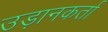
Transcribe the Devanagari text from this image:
उड़ानकर्ता